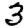
Digit: 3